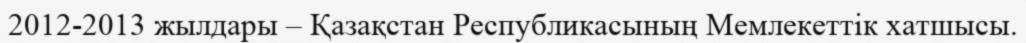
2012-2013 жылдары – Қазақстан Республикасының Мемлекеттік хатшысы.